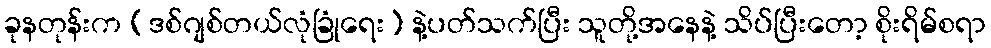
ခုနတုန်းက (ဒစ်ဂျစ်တယ်လုံခြုံရေး) နဲ့ပတ်သက်ပြီး သူတို့အနေနဲ့ သိပ်ပြီးတော့ စိုးရိမ်စရာ